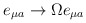
\begin{align*}e_{\mu a} \rightarrow \Omega e_{\mu a}\end{align*}